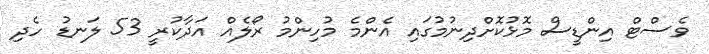
ވެސްޓް އިންޑީސް މޮޅުކޮށްދިނުމުގައި އެންމެ މުހިންމު ރޯލެއް އަދާކުރީ 53 ލަނޑު ހެދި